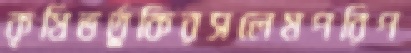
কৃষিভর্তুকিরসলেমপরিপ